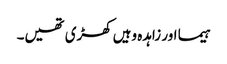
ہیما اور زاہدہ وہیں کھڑی تھیں۔